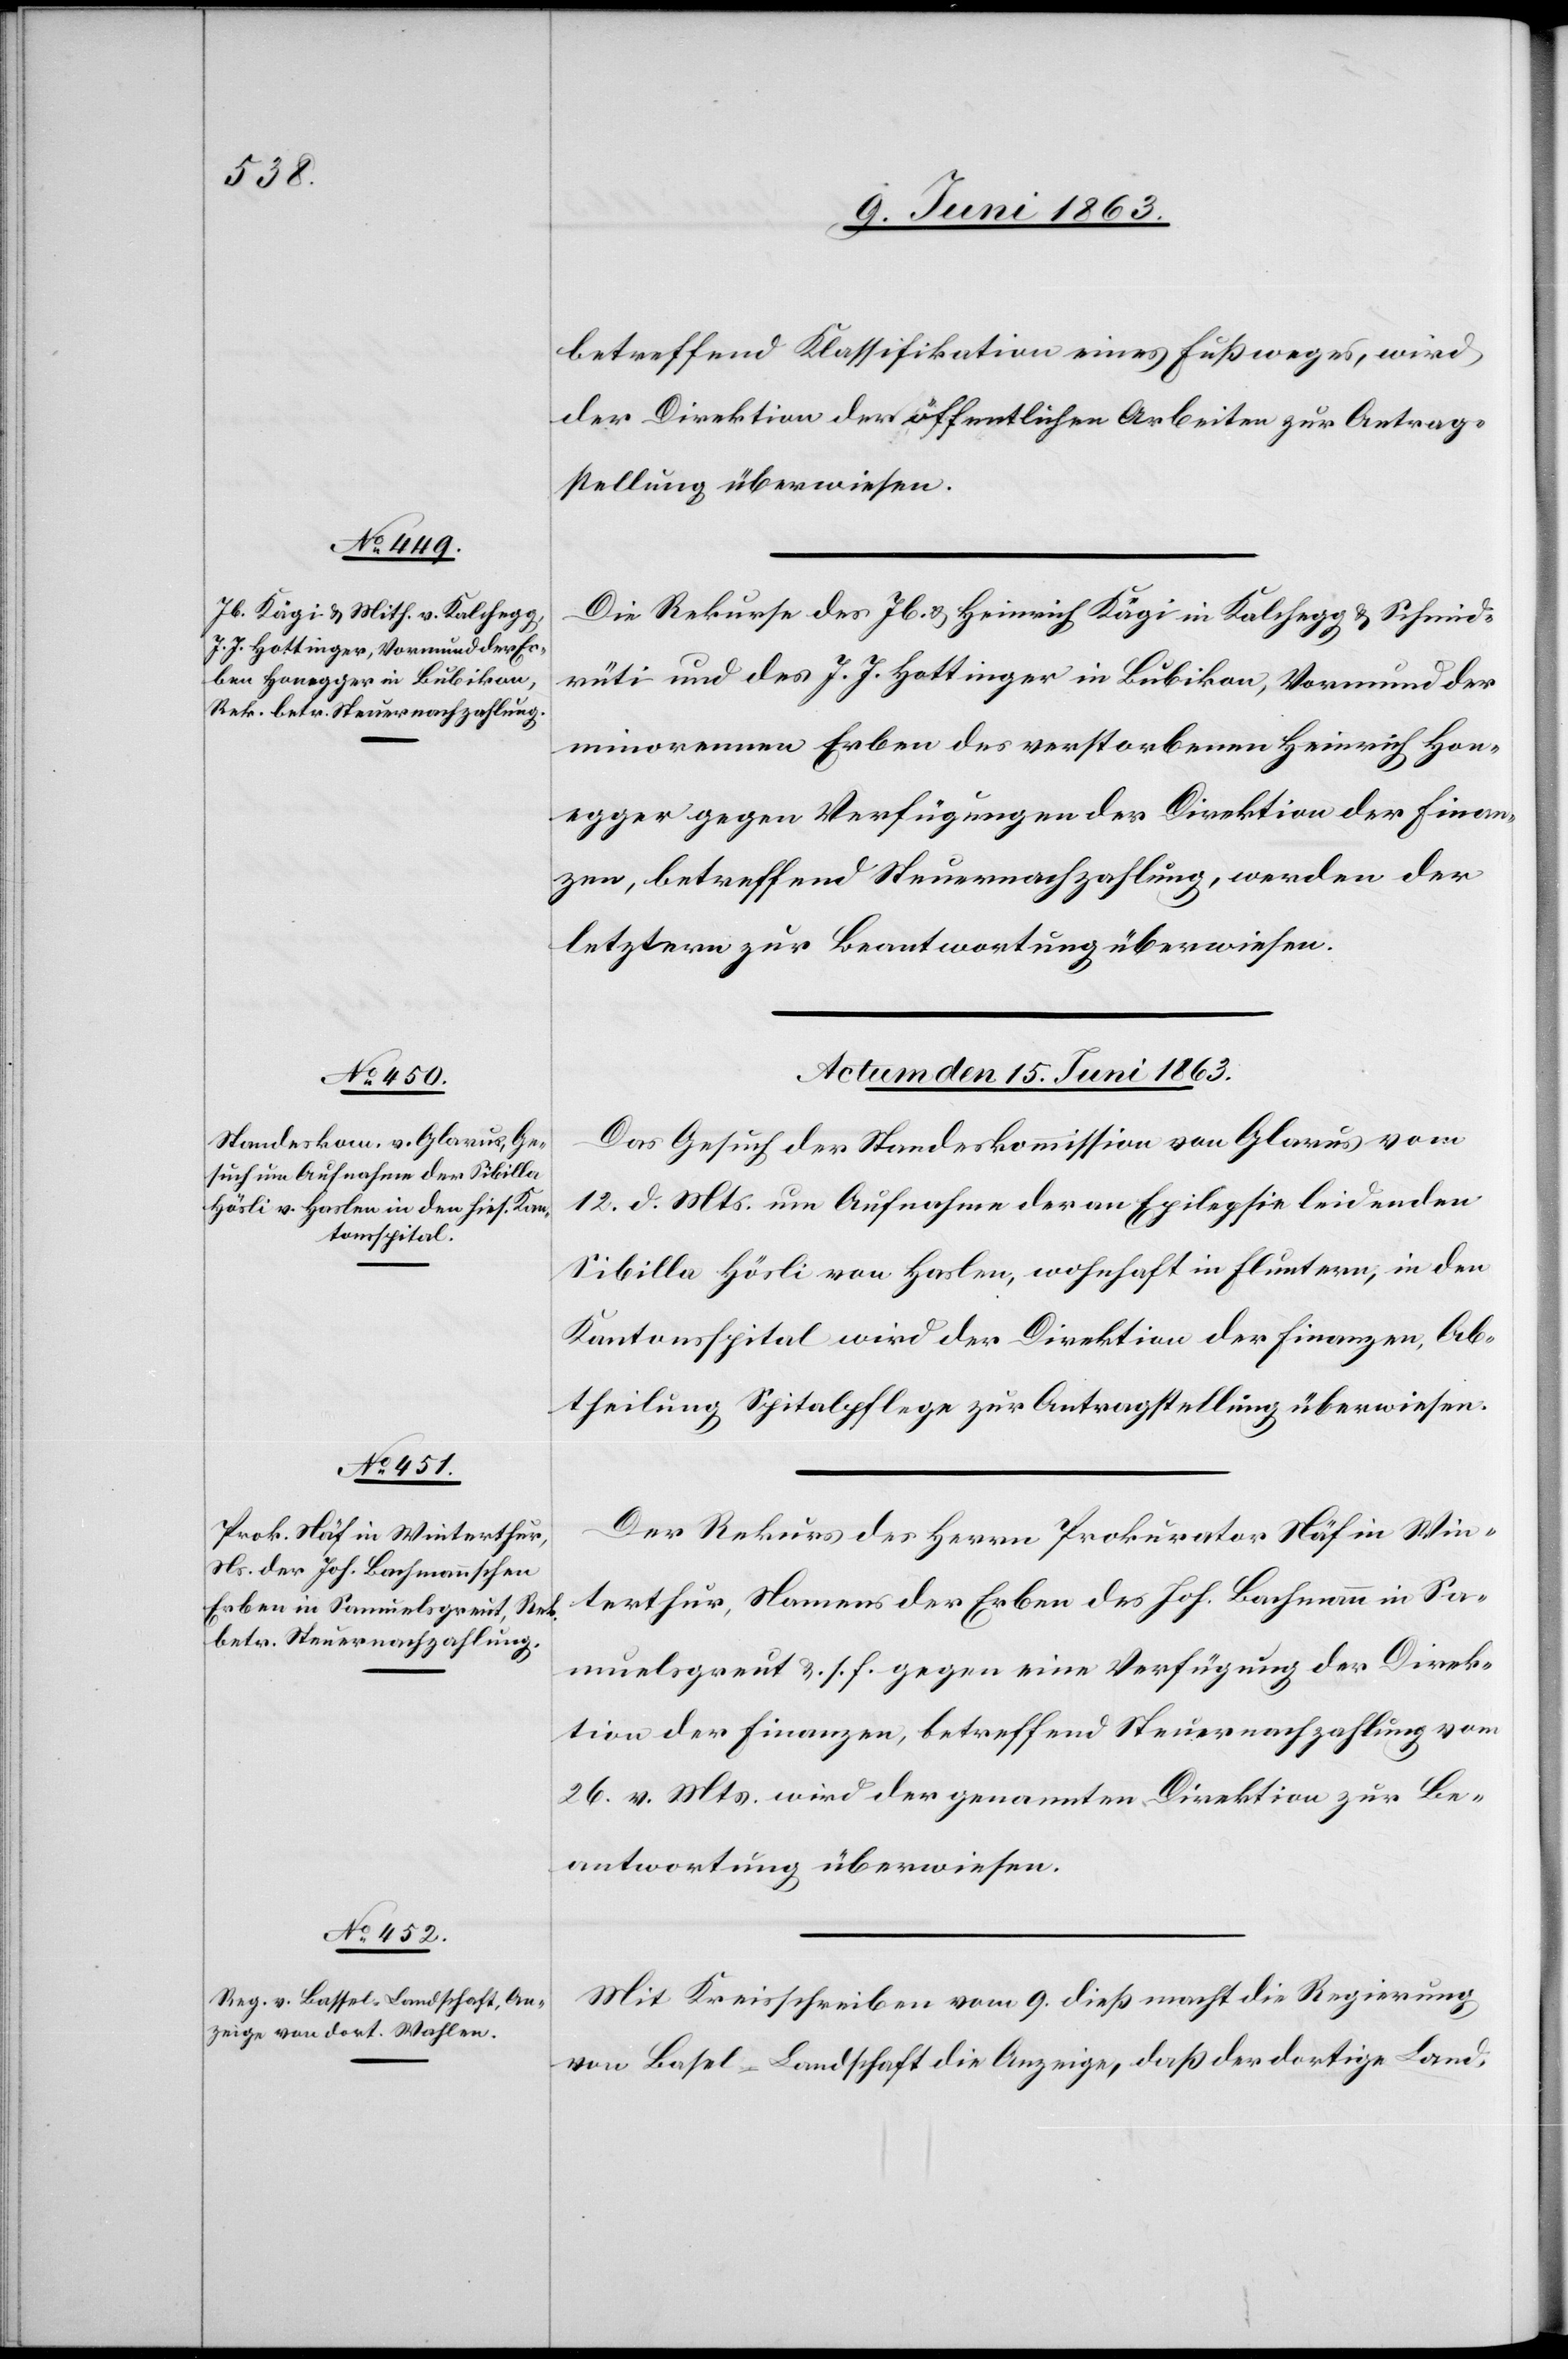
betreffend Klassifikation eines Fußweges, wird
der Direktion der öffentlichen Arbeiten zur Antrag¬
stellung überwiesen.
Die Rekurse des Jb. & Heinrich Kägi in Kalchegg & Schmid¬
rüti und des J. J. Hottinger in Bubikon, Vormund der
minorennen Erben des verstorbenen Heinrich Hon¬
egger gegen Verfügungen der Direktion der Finan¬
zen, betreffend Steuernachzahlung, werden der
letztern zur Beantwortung überwiesen.
Actum den 15. Juni 1863.]
Das Gesuch der Standeskommission von Glarus vom
12. d. Mts. um Aufnahme der an Epilepsie leidenden
Sibilla Hösli von Haslen, wohnhaft in Fluntern, in den
Kantonsspital wird der Direktion der Finanzen, Ab¬
theilung Spitalpflege zur Antragstellung überwiesen.
Der Rekurs des Herrn Prokurator Näf in Win¬
terthur, Namens der Erben des Joh. Bachmann in Sa¬
muelsgreut &. s. f. gegen eine Verfügung der Direk¬
tion der Finanzen, betreffend Steuernachzahlung vom
26. v. Mts. wird der genannten Direktion zur Be¬
antwortung überwiesen.
Mit Kreisschreiben vom 9. dieß macht die Regierung
von Basel-Landschaft die Anzeige, daß der dortige Land-